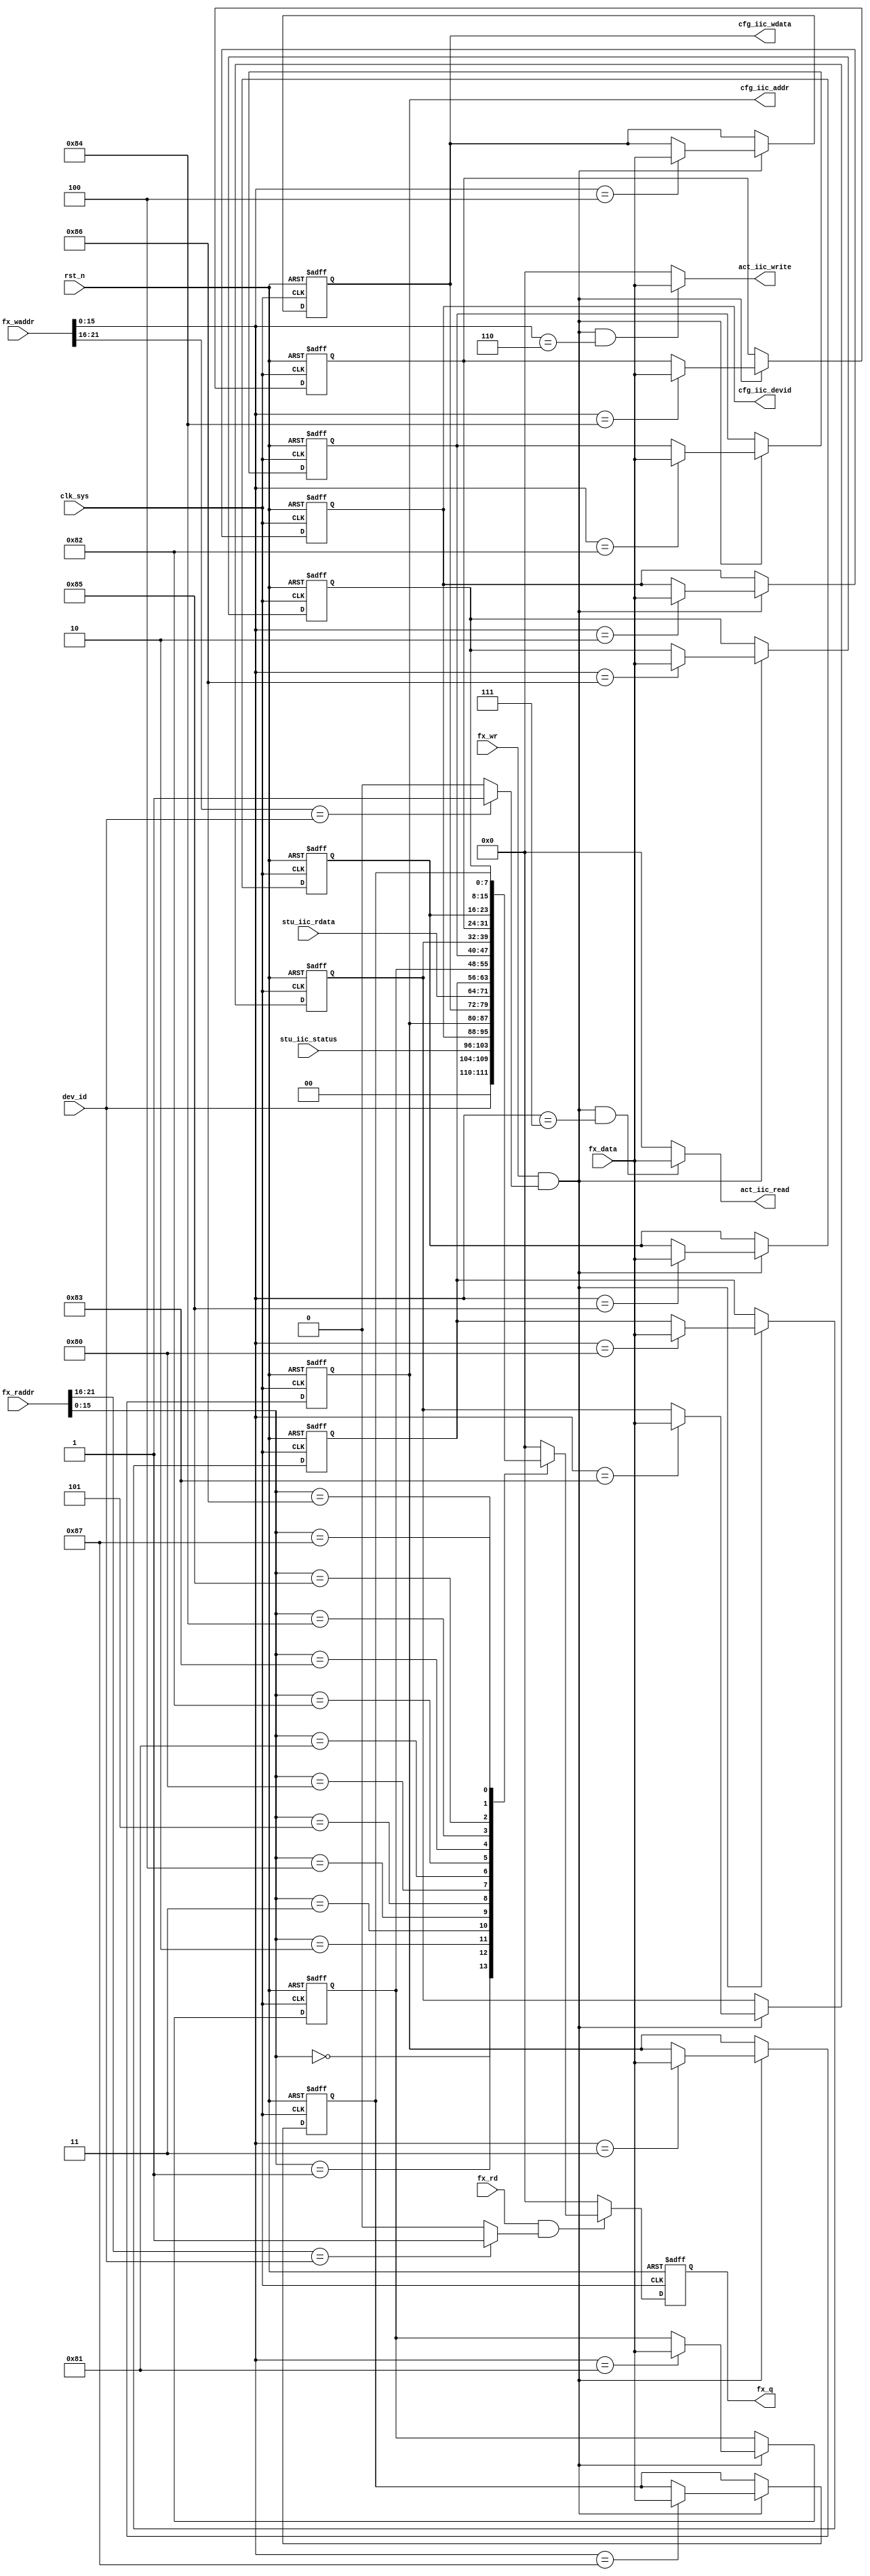
//iic_reg.v

module iic_reg(
//fx bus
fx_waddr,
fx_wr,
fx_data,
fx_rd,
fx_raddr,
fx_q,
// registers 
stu_iic_status,	
cfg_iic_devid,	
cfg_iic_addr,	
cfg_iic_wdata,	
stu_iic_rdata,	
act_iic_write,
act_iic_read,
//clk rst
dev_id,
clk_sys,
rst_n

);

//fx_bus
input 				fx_wr;
input [7:0]		fx_data;
input [21:0]	fx_waddr;
input [21:0]	fx_raddr;
input 				fx_rd;
output  [7:0]	fx_q;
// registers 
input  [7:0] stu_iic_status;	
output [7:0] cfg_iic_devid;	
output [7:0] cfg_iic_addr;		
output [7:0] cfg_iic_wdata;	
input  [7:0] stu_iic_rdata;	
output [7:0] act_iic_write;
output [7:0] act_iic_read;	
//clk rst
input [5:0] dev_id;
input clk_sys;
input rst_n;

//-----------------------------------------
//-----------------------------------------

wire dev_wsel = (fx_waddr[21:16]== dev_id) ? 1'b1 :1'b0;
wire dev_rsel = (fx_raddr[21:16]== dev_id) ? 1'b1 :1'b0;

wire now_wr = fx_wr & dev_wsel;
wire now_rd = fx_rd & dev_rsel;


//--------- register --------
wire[7:0] stu_iic_status;	//0x1
reg [7:0] cfg_iic_devid;	//0x2
reg [7:0] cfg_iic_addr;		//0x3
reg [7:0] cfg_iic_wdata;	//0x4
wire[7:0] stu_iic_rdata;	//0x5
wire[7:0] act_iic_write;	//0x6
wire[7:0]	act_iic_read;		//0x7
reg [7:0] cfg_dbg0;
reg [7:0] cfg_dbg1;
reg [7:0] cfg_dbg2;
reg [7:0] cfg_dbg3;
reg [7:0] cfg_dbg4;
reg [7:0] cfg_dbg5;
reg [7:0] cfg_dbg6;
reg [7:0] cfg_dbg7;



//--------- write configuration ----------
always @ (posedge clk_sys or negedge rst_n)	begin
	if(~rst_n)	begin
		cfg_iic_devid <= 8'h42;
		cfg_iic_addr <= 8'h0;
		cfg_iic_wdata <= 8'h0;
		cfg_dbg0 <= 8'h80;
		cfg_dbg1 <= 8'h81;
		cfg_dbg2 <= 8'h82;
		cfg_dbg3 <= 8'h83;
		cfg_dbg4 <= 8'h84;
		cfg_dbg5 <= 8'h85;
		cfg_dbg6 <= 8'h86;
		cfg_dbg7 <= 8'h87;
	end
	else if(now_wr) begin
		case(fx_waddr[15:0])
			16'h2  : cfg_iic_devid <= fx_data;
			16'h3  : cfg_iic_addr  <= fx_data;
			16'h4  : cfg_iic_wdata <= fx_data;
			16'h80 : cfg_dbg0 <= fx_data;
			16'h81 : cfg_dbg1 <= fx_data;
			16'h82 : cfg_dbg2 <= fx_data;
			16'h83 : cfg_dbg3 <= fx_data;
			16'h84 : cfg_dbg4 <= fx_data;
			16'h85 : cfg_dbg5 <= fx_data;
			16'h86 : cfg_dbg6 <= fx_data;
			16'h87 : cfg_dbg7 <= fx_data;
			default : ;
		endcase
	end
	else ;
end
			
			
//--------- action write --------			
assign act_iic_write =  (now_wr & (fx_waddr[15:0] == 16'h6)) ? fx_data : 8'h0;
assign act_iic_read  =  (now_wr & (fx_waddr[15:0] == 16'h7)) ? fx_data : 8'h0;
		

		
//---------- read cfg and status ---------
reg [7:0] q0;
always @(posedge clk_sys or negedge rst_n)	begin
	if(~rst_n) begin
		q0 <= 8'h0;
	end
	else if(now_rd) begin
		case(fx_raddr[15:0])
			16'h0  : q0 <= dev_id;
			16'h1  : q0 <= stu_iic_status;
			16'h2  : q0 <= cfg_iic_devid;
			16'h3  : q0 <= cfg_iic_addr;
			16'h4  : q0 <= cfg_iic_wdata;
			16'h5  : q0 <= stu_iic_rdata;
			16'h80 : q0 <= cfg_dbg0;
			16'h81 : q0 <= cfg_dbg1;
			16'h82 : q0 <= cfg_dbg2;
			16'h83 : q0 <= cfg_dbg3;
			16'h84 : q0 <= cfg_dbg4;
			16'h85 : q0 <= cfg_dbg5;
			16'h86 : q0 <= cfg_dbg6;
			16'h87 : q0 <= cfg_dbg7;
			
			default : q0 <= 8'h0;
		endcase
	end
	else 
		q0 <= 8'h0;
end

wire [7:0] fx_q;
assign fx_q = q0;
	
	
endmodule